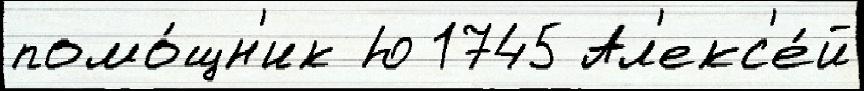
помо́щн'ик Ю 1745 Ал'екс'е́й